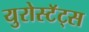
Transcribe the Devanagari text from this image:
युरोस्टॅट्स